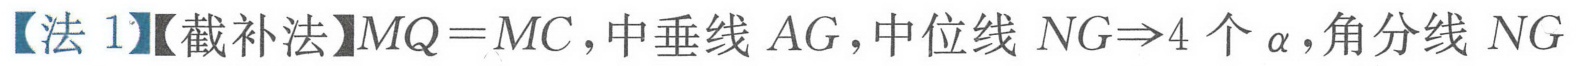
【法1】【截补法】\(MQ = MC\)，中垂线\(AG\)，中位线\(NG\Rightarrow4\)个\(\alpha\)，角分线\(NG\)